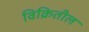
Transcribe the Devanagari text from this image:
विक्रितील